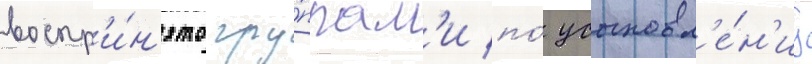
воспр'и́н'ято гру́ппам'и по́ усыновл'е́н'иу